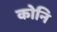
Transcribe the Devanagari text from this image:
कोनि